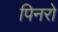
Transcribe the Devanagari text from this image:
पिनरो